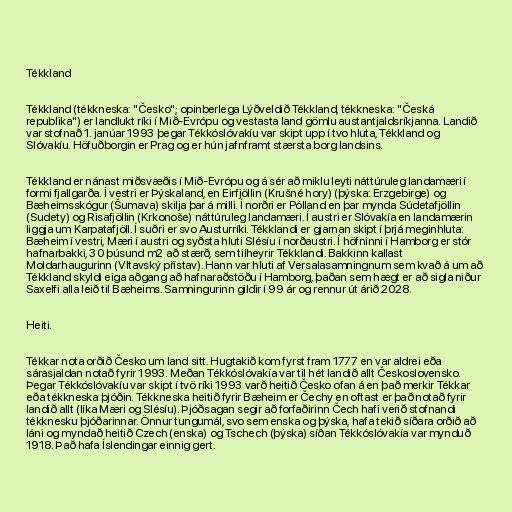
Tékkland

Tékkland (tékkneska: "Česko"; opinberlega Lýðveldið Tékkland, tékkneska: "Česká
republika") er landlukt ríki í Mið-Evrópu og vestasta land gömlu austantjaldsríkjanna. Landið
var stofnað 1. janúar 1993 þegar Tékkóslóvakíu var skipt upp í tvo hluta, Tékkland og
Slóvakíu. Höfuðborgin er Prag og er hún jafnframt stærsta borg landsins.

Tékkland er nánast miðsvæðis í Mið-Evrópu og á sér að miklu leyti náttúruleg landamæri í
formi fjallgarða. Í vestri er Þýskaland, en Eirfjöllin (Krušné hory) (þýska: Erzgebirge) og
Bæheimsskógur (Šumava) skilja þar á milli. Í norðri er Pólland en þar mynda Súdetafjöllin
(Sudety) og Risafjöllin (Krkonoše) náttúruleg landamæri. Í austri er Slóvakía en landamærin
liggja um Karpatafjöll. Í suðri er svo Austurríki. Tékklandi er gjarnan skipt í þrjá meginhluta:
Bæheim í vestri, Mæri í austri og syðsta hluti Slésíu í norðaustri. Í höfninni í Hamborg er stór
hafnarbakki, 30 þúsund m2 að stærð, sem tilheyrir Tékklandi. Bakkinn kallast
Moldarhaugurinn (Vltavský přístav). Hann var hluti af Versalasamningnum sem kvað á um að
Tékkland skyldi eiga aðgang að hafnaraðstöðu í Hamborg, þaðan sem hægt er að sigla niður
Saxelfi alla leið til Bæheims. Samningurinn gildir í 99 ár og rennur út árið 2028.

Heiti.

Tékkar nota orðið Česko um land sitt. Hugtakið kom fyrst fram 1777 en var aldrei eða
sárasjaldan notað fyrir 1993. Meðan Tékkóslóvakía var til hét landið allt Československo.
Þegar Tékkóslóvakíu var skipt í tvö ríki 1993 varð heitið Česko ofan á en það merkir Tékkar
eða tékkneska þjóðin. Tékkneska heitið fyrir Bæheim er Čechy en oftast er það notað fyrir
landið allt (líka Mæri og Slésíu). Þjóðsagan segir að forfaðirinn Čech hafi verið stofnandi
tékknesku þjóðarinnar. Önnur tungumál, svo sem enska og þýska, hafa tekið síðara orðið að
láni og myndað heitið Czech (enska) og Tschech (þýska) síðan Tékkóslóvakía var mynduð
1918. Það hafa Íslendingar einnig gert.